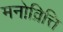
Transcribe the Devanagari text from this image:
मनोव्रित्ति